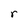
Character: r